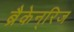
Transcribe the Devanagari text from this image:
ब्रैकेन्‌रिज